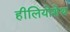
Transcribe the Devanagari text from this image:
हीलियोशेथ